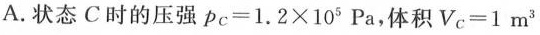
A.状态C时的压强$$p_{c}=1.2\times 10^{5}Pa$$，体积$$V_{c}=1m^{3}$$